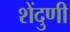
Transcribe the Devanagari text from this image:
शेंदुणी